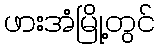
ဖားအံမြို့တွင်